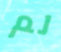
لم